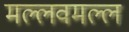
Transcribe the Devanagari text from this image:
मल्लवमल्ल